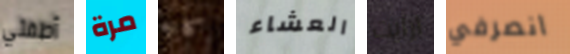
أطفئي مرة كانه العشاء ارأيت انصرفي